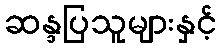
ဆန္ဒပြသူများနှင့်